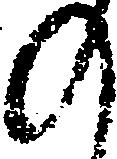
の